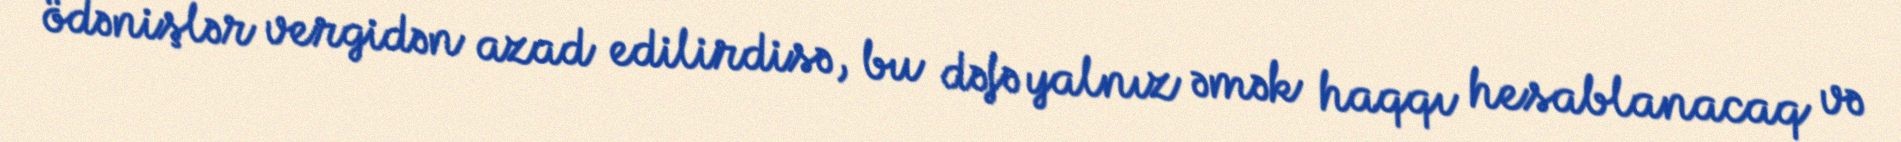
ödənişlər vergidən azad edilirdisə, bu dəfə yalnız əmək haqqı hesablanacaq və